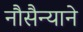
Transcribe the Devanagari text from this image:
नौसैन्याने